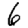
Digit: 6